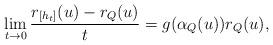
LaTeX: \begin{align*}\lim_{t\rightarrow 0}\frac{r_{[h_t]}(u)-r_Q(u)}{t}=g(\alpha_Q(u))r_Q(u),\end{align*}